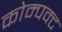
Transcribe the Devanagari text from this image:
कोम्पक्ट